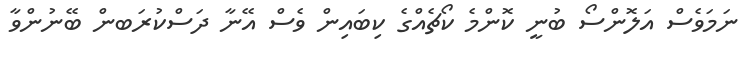
ނަމަވެސް އަލޮންސޯ ބުނީ ކޮންމެ ކޯޗެއްގެ ކިބައިން ވެސް އޭނާ ދަސްކުރަބން ބޭނުންވާ